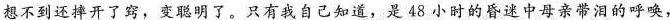
想不到还掉开了窍，变聪明了。只有我自己知道，是48小时的昏迷中母亲带泪的呼唤，